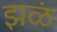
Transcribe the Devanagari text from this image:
झळं